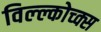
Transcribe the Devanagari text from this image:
विल्ल्कोच्क्स